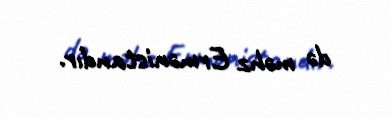
də məhz Ermənistandır.